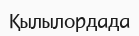
Қылылордада